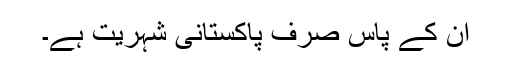
اُن کے پاس صِرف پاکستانی شہریت ہے۔